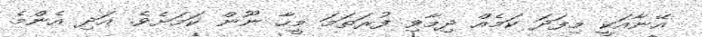
އޭނާއަކީ މިފަދަ ކަމެއް ދިމާވި ފުރަތަމަ މީހާ ނޫން ކަމަށެވެ. އަދި އެންމެ